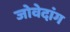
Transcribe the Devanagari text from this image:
जोवेदांग